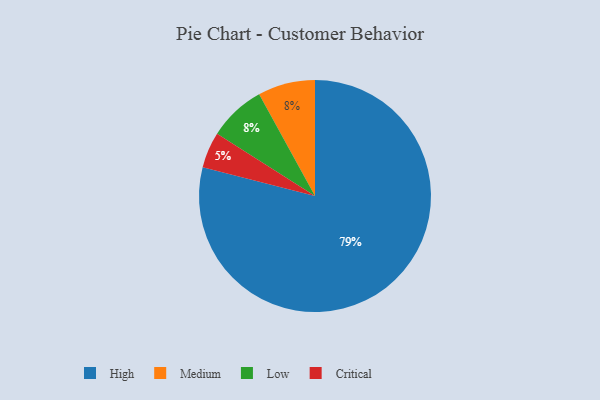
{"axis": {"x": "Category", "y": "Percentage"}, "legend": ["Critical", "High", "Low", "Medium"], "data": [{"x": "Medium", "y": 8, "type": "Medium"}, {"x": "Critical", "y": 5, "type": "Critical"}, {"x": "Low", "y": 8, "type": "Low"}, {"x": "High", "y": 79, "type": "High"}]}